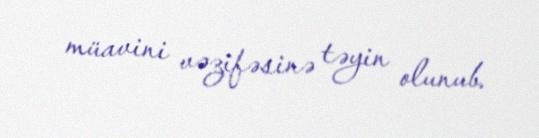
müavini vəzifəsinə təyin olunub.